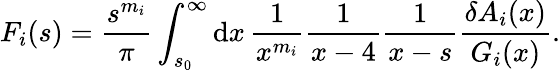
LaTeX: F_{i}(s)={\frac{s^{m_{i}}}{\pi}}\int_{s_{0}}^{\infty}\mathrm{d}x\, {\frac{1}{x^{m_{i}}}}{\frac{1}{x-4}}{\frac{1}{x-s}}{\frac{\delta A_{i}(x)}{G_{i}(x)}}.